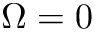
\Omega = 0